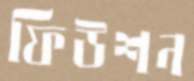
ফিউশন